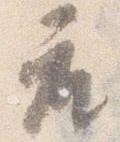
座